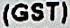
(GST)